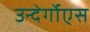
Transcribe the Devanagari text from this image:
उन्देर्गोएस